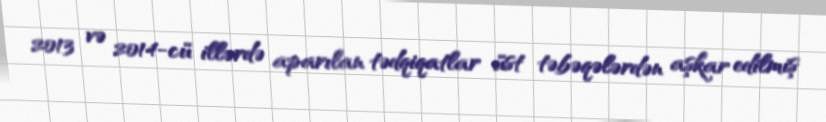
2013 və 2014-cü illərdə aparılan tədqiqatlar üst təbəqələrdən aşkar edilmiş